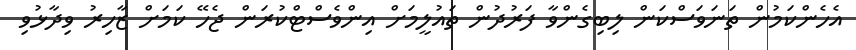
އެހެންކަމުން ތަނަވަސްކަން ލިބިގެންވާ ފަރުދުން ތައުލީމަށް އިންވެސްޓްކުރަން ޖެހޭ ކަމަށް ޒާހިރު ވިދާޅުވި